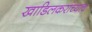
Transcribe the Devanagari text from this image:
खाडिलकरांच्याच